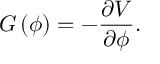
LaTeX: G \left( \phi \right) = - { \frac { \partial V } { \partial \phi } } .